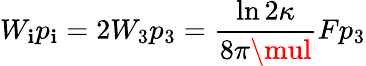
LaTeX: W_{\mathbf{i}}p_{\mathbf{i}}=2W_{3}p_{3}=\frac{{\ln{2\kappa}}}{{8\pi\mul}}Fp_{3}